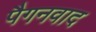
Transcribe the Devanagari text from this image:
पैगनवाद